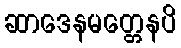
ဆာဒေနမတ္တေနပိ